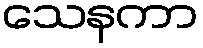
သေနကာ